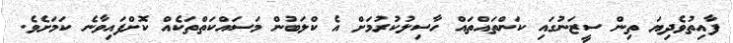
ފާއިތުވެދިޔަ ތިން ސީޒަނުގައި ކަންތައްތައް ހާސިލުކުރުމަށް އެ ކްލަބުން މަސައްކަތްތަކެއް ކޮށްފައިވާނެ ކަމަށެވެ.